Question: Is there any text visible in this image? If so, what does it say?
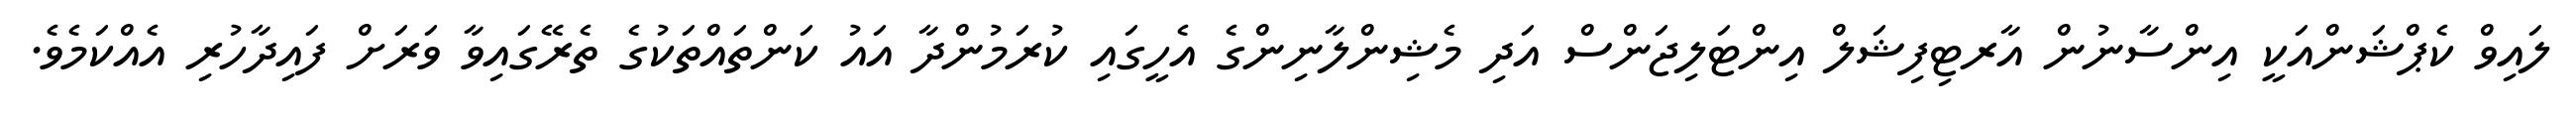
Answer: ލައިވް ކެޕްޝަންއަކީ އިންސާނުން އާރޓިފިޝަލް އިންޓަލިޖަންސް އަދި މެޝިންލާނިންގެ އެހީގައި ކުރަމުންދާ އައު ކަންތައްތަކުގެ ތެރޭގައިވާ ވަރަށް ފައިދާހުރި އެއްކަމެވެ.